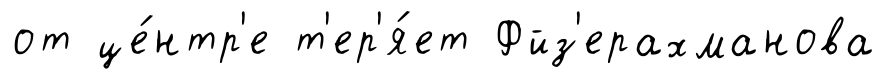
от це́нтр'е т'ер'я́ет Фйз'ерахманова